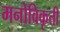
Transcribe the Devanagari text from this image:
मनोविकृती